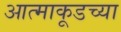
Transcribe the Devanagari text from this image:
आत्माकूडच्या